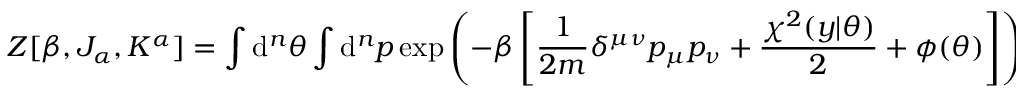
Z [ \beta , J _ { \alpha } , K ^ { \alpha } ] = \int \mathrm { d } ^ { n } \theta \: \int \mathrm { d } ^ { n } p \: \exp \left( - \beta \left[ \frac { 1 } { 2 m } \delta ^ { \mu \nu } p _ { \mu } p _ { \nu } + \frac { \chi ^ { 2 } ( y | \theta ) } { 2 } + \phi ( \theta ) \right] \right) \exp \left( \beta \left[ J _ { \alpha } \theta ^ { \alpha } + K ^ { \alpha } p _ { \alpha } \right] \right) ,